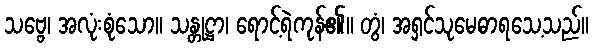
သဗ္ဗေ၊ အလုံးစုံသော။ သန္တုဋ္ဌာ၊ ရောင့်ရဲကုန်၏။ တွံ၊ အရှင်သုမေဓာရသေ့သည်။